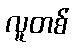
လူတစ်